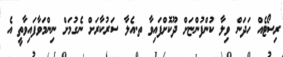
ރިސޯޓެއް ހަދަން ވިލާ ކުންފުންޏަށް ދޫކޮށްފައިވާ ތ.އެލާ ސަރުކާރަށް ނެގުމަށް ނިންމަވާފައިވާތީ އެ